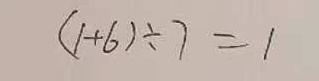
( 1 + 6 ) \div 7 = 1